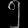
Digit: ၅